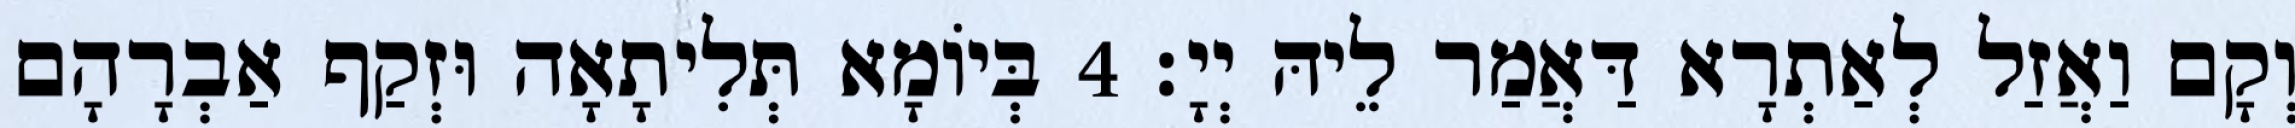
וְקָם וַאֲזַל לְאַתְרָא דַּאֲמַר לֵיהּ יְיָ׃ 4 בְּיוֹמָא תְּלִיתָאָה וּזְקַף אַבְרָהָם